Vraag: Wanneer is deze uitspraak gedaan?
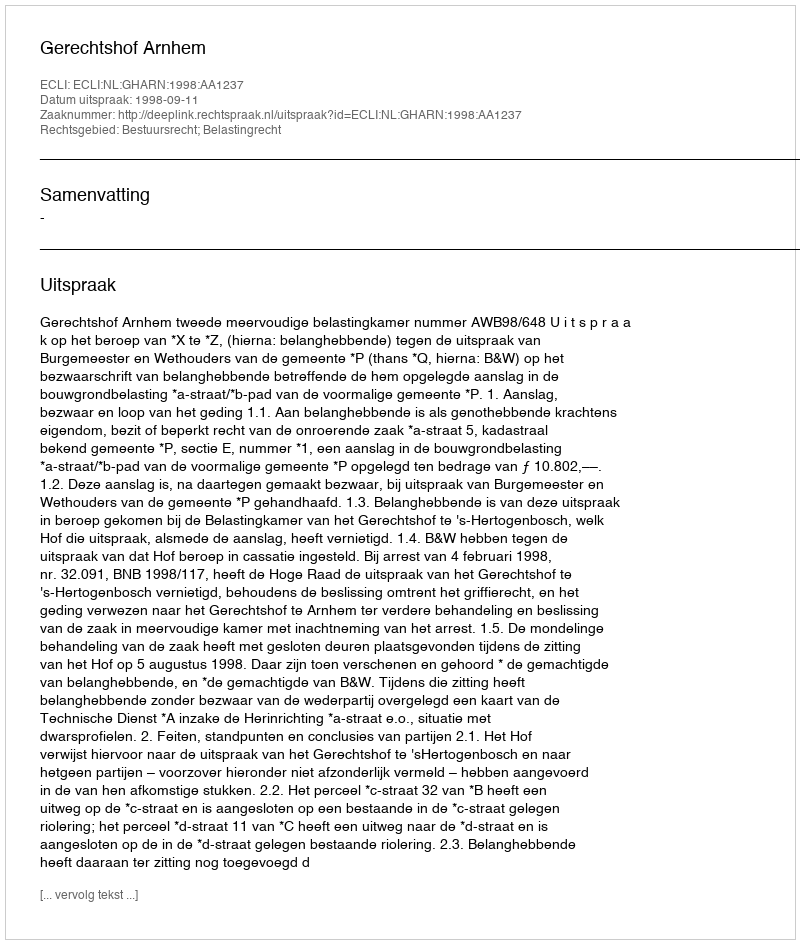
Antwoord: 1998-09-11